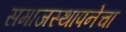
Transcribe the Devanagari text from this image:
समाजस्थापनेचा